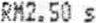
RM2.50 S